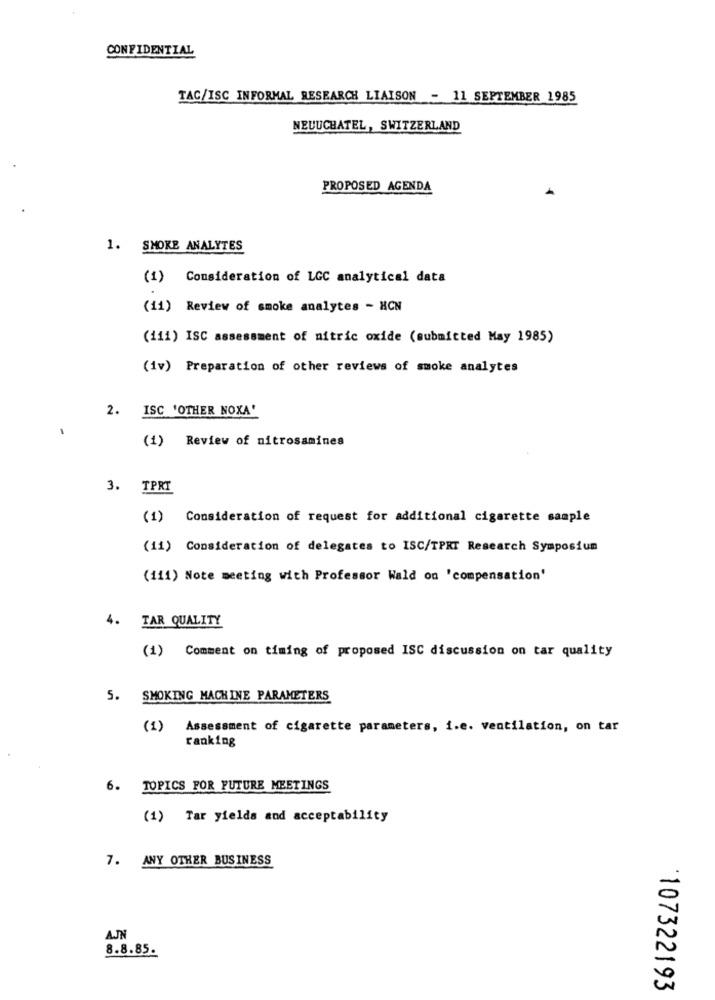
CONFIDENTIAL
TAC/ISC INFORMAL RESEARCH LIAISON - 11 SEPTEMBER 1985
NEUUCHATEL, SWITZERLAND
PROPOSED AGENDA
1. SMOKE ANALYTES
(1) Consideration of LGC analytical data
(11) Review of smoke analytes - HCN
(111) ISC assessment of nitric oxide (submitted May 1985)
(iv) Preparation of other reviews of smoke analytes
2. ISC 'OTHER NOXA'
-
(1) Review of nitrosamines
3. TPRI
(1) Consideration of request for additional cigarette sample
(11) Consideration of delegates to ISC/TPRT Research Symposium
(111) Note meeting with Professor Wald on 'compensation'
4. TAR QUALITY
(1) Comment on timing of proposed ISC discussion on tar quality
5. SMOKING MACHINE PARAMETERS
(1) Assessment of cigarette parameters, i.e. ventilation, on tar
ranking
6.
TOPICS FOR FUTURE MEETINGS
(1) Tar yields and acceptability
7. ANY OTHER BUSINESS
AJN
8.8.85.
107322193